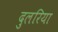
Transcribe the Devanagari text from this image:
दुलरिया